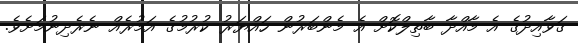
ގަވާއިދުގެ އެ މާއްދާ ބާތިލްކޮށް އެ މެންބަރުން ހައްޔަރު ކުރުމުގެ އަމުރެއް ނެރެދިނުމަށެވެ.